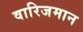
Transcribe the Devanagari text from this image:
वारिजमान